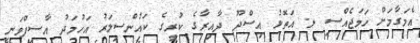
އެމަގާމަށް ހަމަޖެއްސި ލ. އަތޮޅު އިސްދޫ ދާއިރާގެ ކުރީގެ ކައުންސިލަރު އަހުމަދު އާސިފްވަނީ